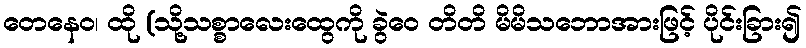
တေနေဝ၊ ထို (သို့သစ္စာလေးထွေကို ခွဲဝေ တိတိ မိမိသဘောအားဖြင့် ပိုင်းခြား၍